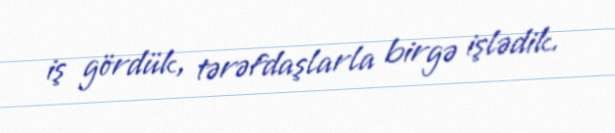
iş gördük, tərəfdaşlarla birgə işlədik.